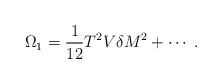
\begin{align*}\Omega_1=\frac{1}{12}T^2V\delta M^2+\cdots\;.\end{align*}